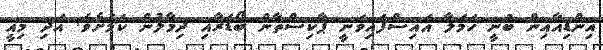
އިންޑިއާއިން ބުނީ ހަމަލާ އައިސްފައިވަނީ ޕާކިސްތާން ބޯޑަރާއި ދިމާލުން ކަމަށެވެ. އަދި މިއީ